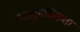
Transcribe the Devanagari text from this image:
गतानुगतिकता